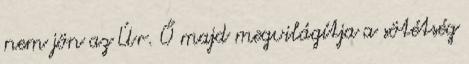
nem jön az Úr. Ő majd megvilágítja a sötétség